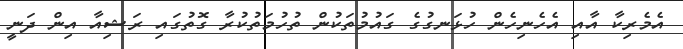
އެމެރިކާ އާއި އެހެނިހެން ހުޅަނގުގެ ގައުމުތަކުން ތުހުމަތުކުރާ ގޮތުގައި ރަޝިއާ އިން ދަނީ